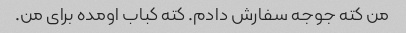
من کته جوجه سفارش دادم. کته کباب اومده برای من.